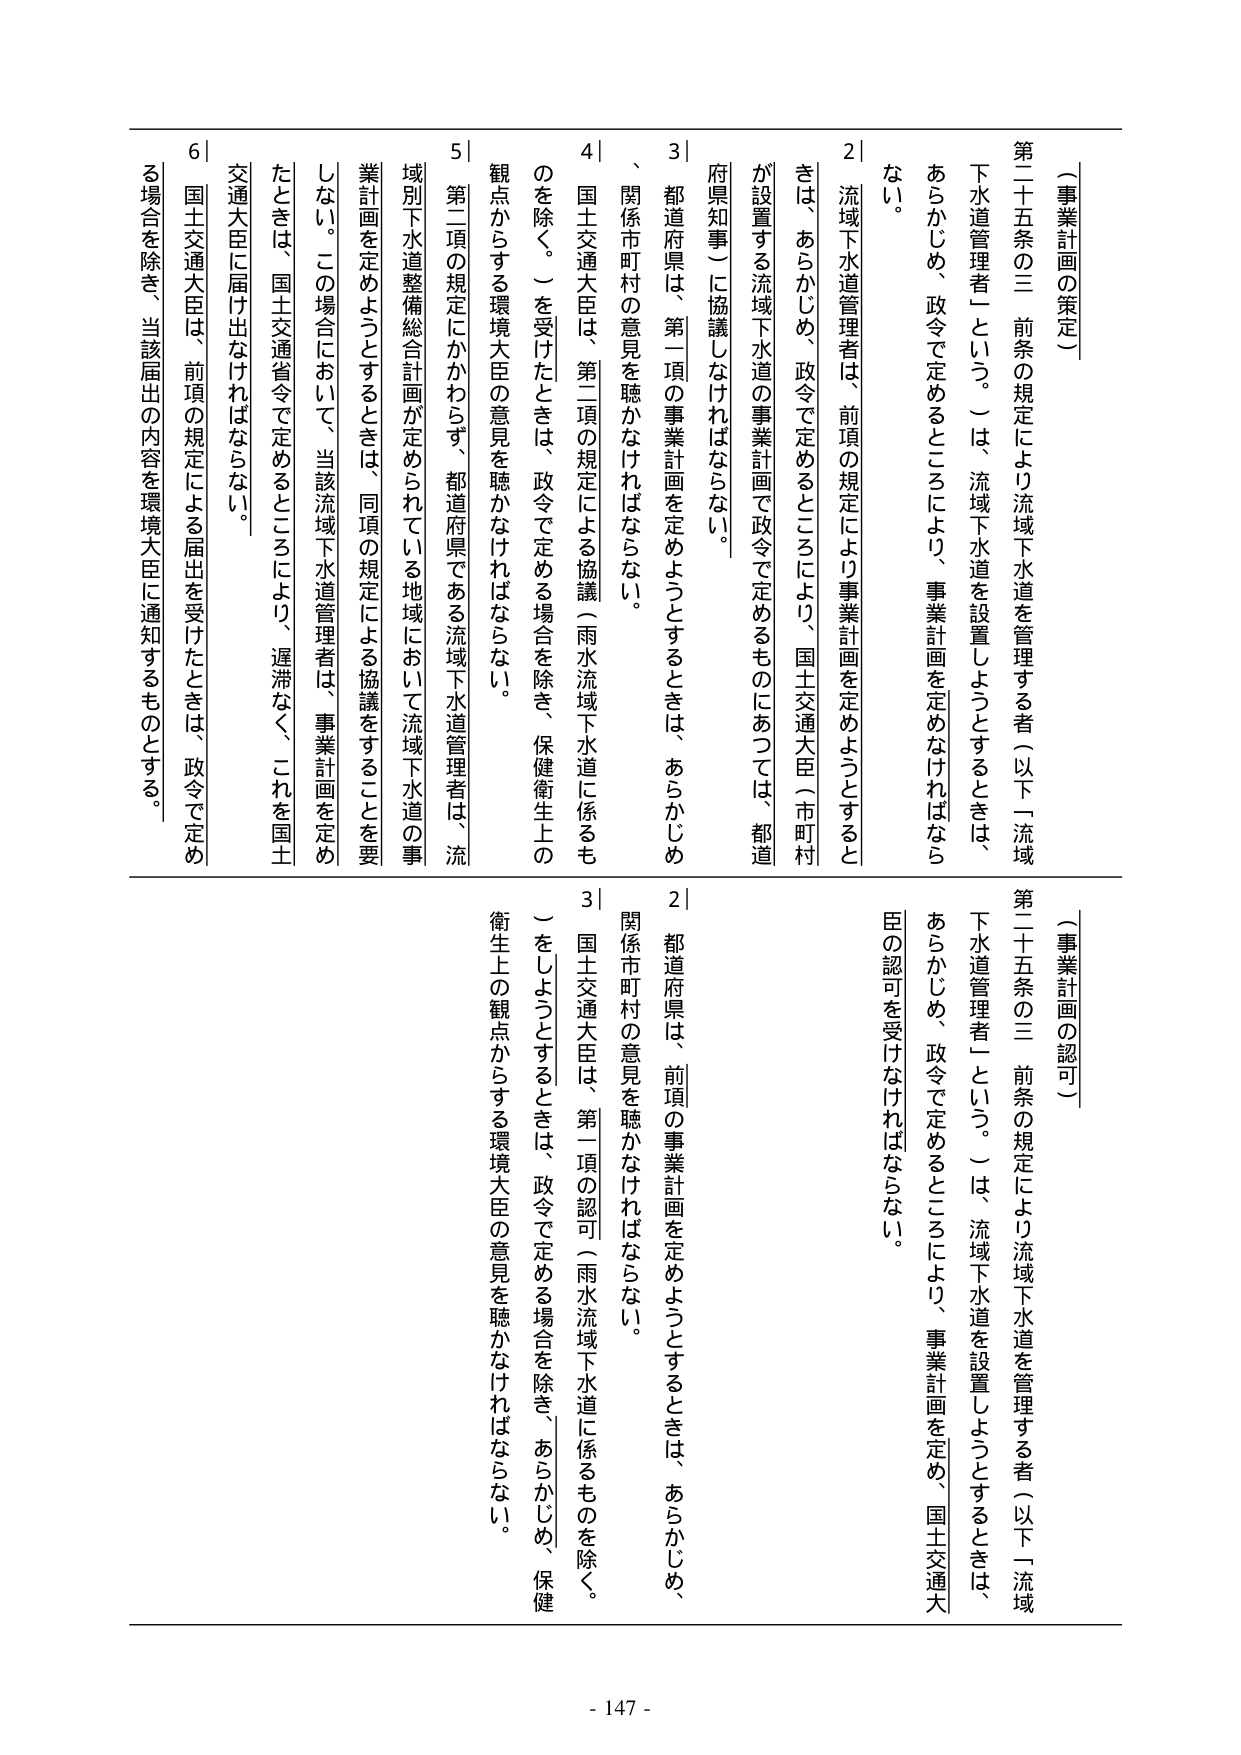
（事業計画の策定）

第二十五条の三 前条の規定により流域下水道を管理する者（以下「流域下水道管理者」という。）は、流域下水道を設置しようとするときは、あらかじめ、政令で定めるところにより、事業計画を定めなければならない。

２ 流域下水道管理者は、前項の規定により事業計画を定めようとするときは、あらかじめ、政令で定めるところにより、国土交通大臣（市町村が設置する流域下水道の事業計画で政令で定めるものにあつては、都道府県知事）に協議しなければならない。

３ 都道府県は、第一項の事業計画を定めようとするときは、あらかじめ、関係市町村の意見を聴かなければならない。

４ 国土交通大臣は、第二項の規定による協議（雨水流域下水道に係るものを除く。）を受けたときは、政令で定める場合を除き、保健衛生上の観点からする環境大臣の意見を聴かなければならない。

５ 第二項の規定にかかわらず、都道府県である流域下水道管理者は、流域別下水道整備総合計画が定められている地域において流域下水道の事業計画を定めようとするときは、同項の規定による協議をすることを要しない。この場合において、当該流域下水道管理者は、事業計画を定めたときは、国土交通省令で定めるところにより、遅滞なく、これを国土交通大臣に届け出なければならない。

６ 国土交通大臣は、前項の規定による届出を受けたときは、政令で定める場合を除き、当該届出の内容を環境大臣に通知するものとする。

（事業計画の認可）

第二十五条の三 前条の規定により流域下水道を管理する者（以下「流域下水道管理者」という。）は、流域下水道を設置しようとするときは、あらかじめ、政令で定めるところにより、事業計画を定め、国土交通大臣の認可を受けなければならない。

２ 都道府県は、前項の事業計画を定めようとするときは、あらかじめ、関係市町村の意見を聴かなければならない。

３ 国土交通大臣は、第一項の認可（雨水流域下水道に係るものを除く。）をしようとするときは、政令で定める場合を除き、あらかじめ、保健衛生上の観点からする環境大臣の意見を聴かなければならない。

- 147 -